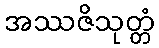
အဿဇိသုတ္တံ